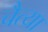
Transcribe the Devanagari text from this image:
चैत्या